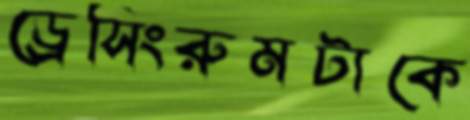
ড্রেসিংরুমটাকে